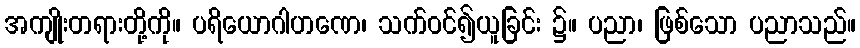
အကျိုးတရားတို့ကို။ ပရိယောဂါဟဏေ၊ သက်ဝင်၍ယူခြင်း ၌။ ပညာ၊ ဖြစ်သော ပညာသည်။